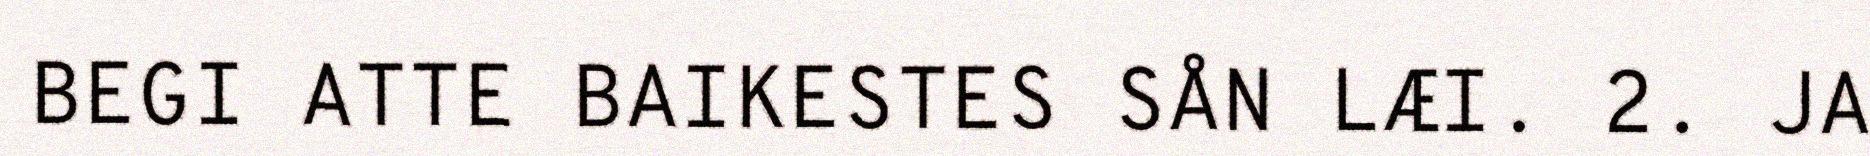
BEGI ATTE BAIKESTES SÅN LÆI. 2. JA